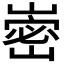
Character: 𭗏